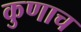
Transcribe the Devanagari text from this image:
कुणाच